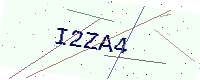
Text: I2ZA4